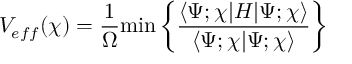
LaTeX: V _ { e f f } ( \chi ) = \frac { 1 } { \Omega } \mathrm { m i n } \left\{ \frac { \langle \Psi ; \chi | H | \Psi ; \chi \rangle } { \langle \Psi ; \chi | \Psi ; \chi \rangle } \right\}